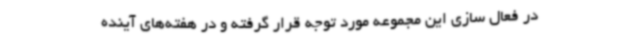
در فعال سازی این مجموعه مورد توجه قرار گرفته و در هفته‌های آینده